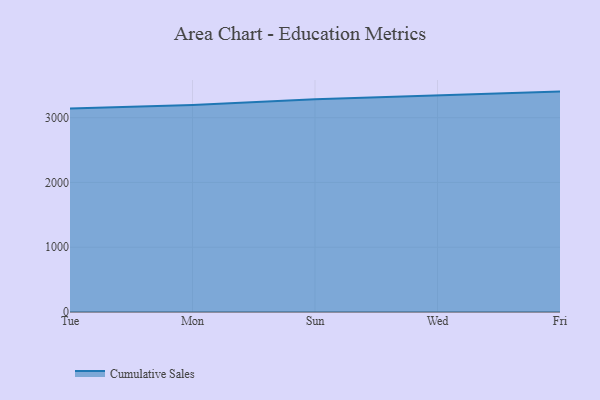
{"axis": {"x": "Day", "y": "Shipments"}, "legend": ["Cumulative Sales"], "data": [{"x": "Tue", "y": 3141.8, "type": "Cumulative Sales"}, {"x": "Mon", "y": 3196.9, "type": "Cumulative Sales"}, {"x": "Sun", "y": 3285.6, "type": "Cumulative Sales"}, {"x": "Wed", "y": 3345.8, "type": "Cumulative Sales"}, {"x": "Fri", "y": 3402.7, "type": "Cumulative Sales"}]}